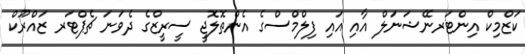
ކަޒްމިކް އިންޓަރނޭޝަނަލް އާއި އައި ފިލްމްސްގެ އެންތޮލޮޖީ ސީރީޒްގެ ދެވަނަ ޗެޕްޓަރ ޒައްރޫކް